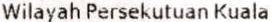
WILAYAH PERSEKUTUAN KUALA